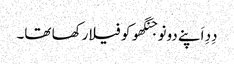
دِدِ اَپنے دونو جنگھو کو فیلا رکھا تھا۔